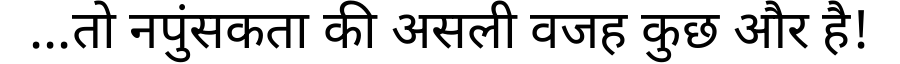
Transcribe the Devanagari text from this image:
...तो नपुंसकता की असली वजह कुछ और है!